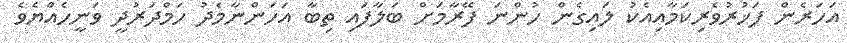
އަހަރެން ފަޚުރުވެރިކަމާއިއެކު ލައިގެން ހުންނަ ފޭރާމަށް ބަލާފައި ތިބާ އަހަންނާމެދު ހަމްދަރުދީ ވަނީހެއްޔެވެ